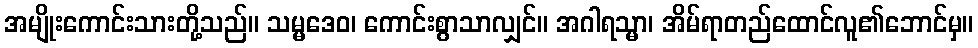
အမျိုးကောင်းသားတို့သည်။ သမ္မဒေဝ၊ ကောင်းစွာသာလျှင်။ အဂါရသ္မာ၊ အိမ်ရာတည်ထောင်လူ၏ဘောင်မှ။